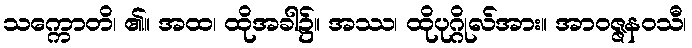
သက္ကောတိ၊ ၏။ အထ၊ ထိုအခါ၌။ အဿ၊ ထိုပုဂ္ဂိုလ်အား။ အာဝဇ္ဇနဝသီ၊